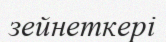
зейнеткері